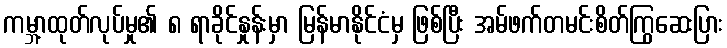
ကမ္ဘာ့ထုတ်လုပ်မှု၏ ၈ ရာခိုင်နှုန်းမှာ မြန်မာနိုင်ငံမှ ဖြစ်ပြီး အမ်ဖက်တမင်းစိတ်ကြွဆေးပြား